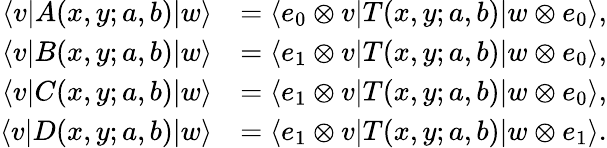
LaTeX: \begin{array}{rl}{\langle v|A(x,y;a,b)|w\rangle}&{=\langle e_{0}\otimes v|T(x,y;a,b)|w\otimes e_{0}\rangle,}\\ {\langle v|B(x,y;a,b)|w\rangle}&{=\langle e_{1}\otimes v|T(x,y;a,b)|w\otimes e_{0}\rangle,}\\ {\langle v|C(x,y;a,b)|w\rangle}&{=\langle e_{1}\otimes v|T(x,y;a,b)|w\otimes e_{0}\rangle,}\\ {\langle v|D(x,y;a,b)|w\rangle}&{=\langle e_{1}\otimes v|T(x,y;a,b)|w\otimes e_{1}\rangle.}\end{array}